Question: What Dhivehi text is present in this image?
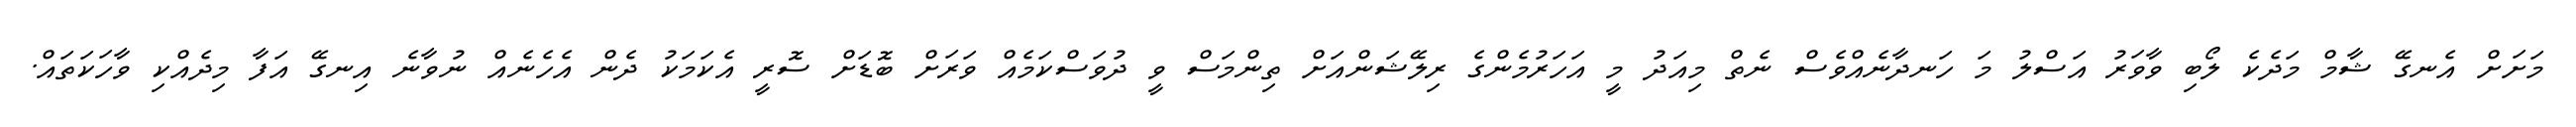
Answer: މަށަށް އެނގޭ ޝާމް މަދެކެ ލޯބި ވާވަރު އަސްލު މަ ހަނދާނެއްވެސް ނެތް މިއަދު މީ އަހަރުމެންގެ ރިލޭޝަންއަށް ތިންމަސް ވީ ދުވަސްކަމެއް ވަރަށް ބޮޑަށް ސޮރީ އެކަމަކު ދެން އެހެނެއް ނުވާނެ އިނގޭ އަފާ މިދެއްކި ވާހަކަތައް.